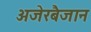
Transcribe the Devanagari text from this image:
अजेरबैजान